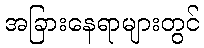
အခြားနေရာများတွင်